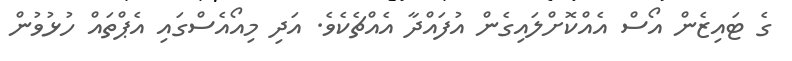
ގެ ޓައިޒެން އޯސް އެއްކޮށްލައިގެން އުފައްދާ އެއްޗެކެވެ. އަދި މިއޯއެސްގައި އެޕްތައް ހުޅުވުން